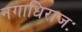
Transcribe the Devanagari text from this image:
नगाधिराजः